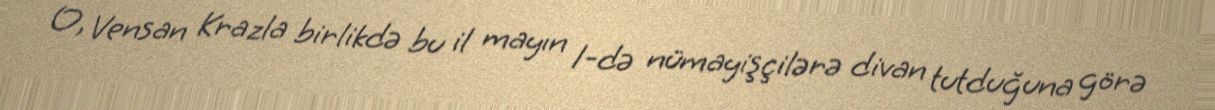
O, Vensan Krazla birlikdə bu il mayın 1-də nümayişçilərə divan tutduğuna görə